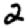
Digit: 2